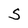
Character: S